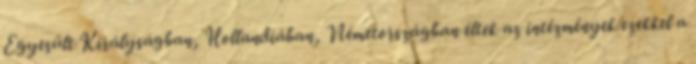
Egyesült Királyságban, Hollandiában, Németországban éltek az intézmények ezekkel a